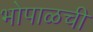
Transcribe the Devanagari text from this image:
भोपाळची